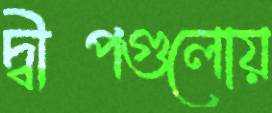
দ্বীপগুলোয়